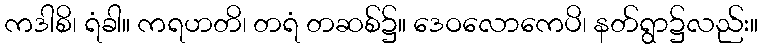
ကဒါစိ၊ ရံခါ။ ကရဟတိ၊ တရံ တဆစ်၌။ ဒေဝလောကေပိ၊ နတ်ရွာ၌လည်း။